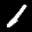
Label: 1